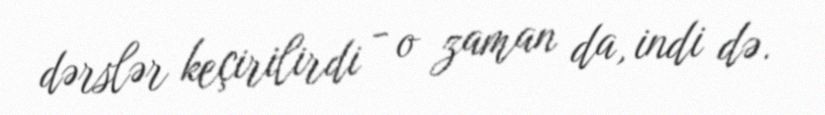
dərslər keçirilirdi - o zaman da, indi də.